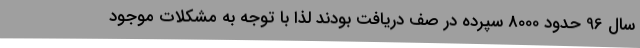
سال 96 حدود 8000 سپرده در صف دریافت بودند لذا با توجه به مشکلات موجود